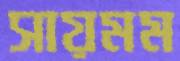
সায়মম